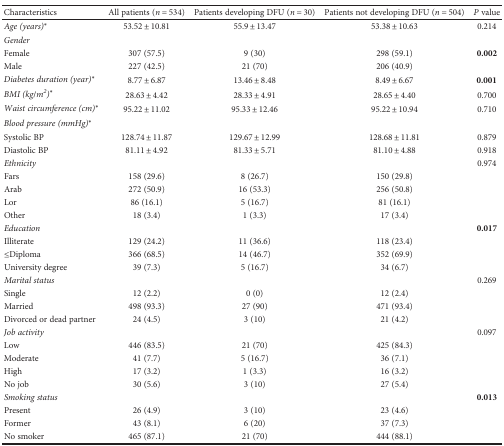
<table><thead><tr><td><b>Characteristics</b></td><td><b>All patients (<i>n</i> = 534)</b></td><td><b>Patients developing DFU (<i>n</i> = 30)</b></td><td><b>Patients not developing DFU (<i>n</i> = 504)</b></td><td><b><i>P</i> value</b></td></tr></thead><tbody><tr><td><i>Age (years)</i><sup>∗</sup></td><td>53.52 ± 10.81</td><td>55.9 ± 13.47</td><td>53.38 ± 10.63</td><td>0.214</td></tr><tr><td><i>Gender</i></td><td></td><td></td><td></td><td></td></tr><tr><td>Female</td><td>307 (57.5)</td><td>9 (30)</td><td>298 (59.1)</td><td><b>0.002</b></td></tr><tr><td>Male</td><td>227 (42.5)</td><td>21 (70)</td><td>206 (40.9)</td><td></td></tr><tr><td><i>Diabetes duration (year)</i><sup>∗</sup></td><td>8.77 ± 6.87</td><td>13.46 ± 8.48</td><td>8.49 ± 6.67</td><td><b>0.001</b></td></tr><tr><td><i>BMI (kg/m<sup>2</sup>)</i><sup>∗</sup></td><td>28.63 ± 4.42</td><td>28.33 ± 4.91</td><td>28.65 ± 4.40</td><td>0.700</td></tr><tr><td><i>Waist circumference (cm)</i><sup>∗</sup></td><td>95.22 ± 11.02</td><td>95.33 ± 12.46</td><td>95.22 ± 10.94</td><td>0.710</td></tr><tr><td><i>Blood pressure (mmHg)</i><sup>∗</sup></td><td></td><td></td><td></td><td></td></tr><tr><td>Systolic BP</td><td>128.74 ± 11.87</td><td>129.67 ± 12.99</td><td>128.68 ± 11.81</td><td>0.879</td></tr><tr><td>Diastolic BP</td><td>81.11 ± 4.92</td><td>81.33 ± 5.71</td><td>81.10 ± 4.88</td><td>0.918</td></tr><tr><td><i>Ethnicity</i></td><td></td><td></td><td></td><td>0.974</td></tr><tr><td>Fars</td><td>158 (29.6)</td><td>8 (26.7)</td><td>150 (29.8)</td><td></td></tr><tr><td>Arab</td><td>272 (50.9)</td><td>16 (53.3)</td><td>256 (50.8)</td><td></td></tr><tr><td>Lor</td><td>86 (16.1)</td><td>5 (16.7)</td><td>81 (16.1)</td><td></td></tr><tr><td>Other</td><td>18 (3.4)</td><td>1 (3.3)</td><td>17 (3.4)</td><td></td></tr><tr><td><i>Education</i></td><td></td><td></td><td></td><td><b>0.017</b></td></tr><tr><td>Illiterate</td><td>129 (24.2)</td><td>11 (36.6)</td><td>118 (23.4)</td><td></td></tr><tr><td>≤Diploma</td><td>366 (68.5)</td><td>14 (46.7)</td><td>352 (69.9)</td><td></td></tr><tr><td>University degree</td><td>39 (7.3)</td><td>5 (16.7)</td><td>34 (6.7)</td><td></td></tr><tr><td><i>Marital status</i></td><td></td><td></td><td></td><td>0.269</td></tr><tr><td>Single</td><td>12 (2.2)</td><td>0 (0)</td><td>12 (2.4)</td><td></td></tr><tr><td>Married</td><td>498 (93.3)</td><td>27 (90)</td><td>471 (93.4)</td><td></td></tr><tr><td>Divorced or dead partner</td><td>24 (4.5)</td><td>3 (10)</td><td>21 (4.2)</td><td></td></tr><tr><td><i>Job activity</i></td><td></td><td></td><td></td><td>0.097</td></tr><tr><td>Low</td><td>446 (83.5)</td><td>21 (70)</td><td>425 (84.3)</td><td></td></tr><tr><td>Moderate</td><td>41 (7.7)</td><td>5 (16.7)</td><td>36 (7.1)</td><td></td></tr><tr><td>High</td><td>17 (3.2)</td><td>1 (3.3)</td><td>16 (3.2)</td><td></td></tr><tr><td>No job</td><td>30 (5.6)</td><td>3 (10)</td><td>27 (5.4)</td><td></td></tr><tr><td><i>Smoking status</i></td><td></td><td></td><td></td><td><b>0.013</b></td></tr><tr><td>Present</td><td>26 (4.9)</td><td>3 (10)</td><td>23 (4.6)</td><td></td></tr><tr><td>Former</td><td>43 (8.1)</td><td>6 (20)</td><td>37 (7.3)</td><td></td></tr><tr><td>No smoker</td><td>465 (87.1)</td><td>21 (70)</td><td>444 (88.1)</td><td></td></tr></tbody></table>